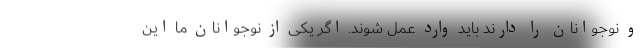
و نوجوانان را دارند باید وارد عمل شوند. اگر یکی از نوجوانان ما این